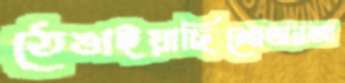
ঠেঙাইয়াছিশ্রোতারআ